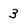
Character: 3